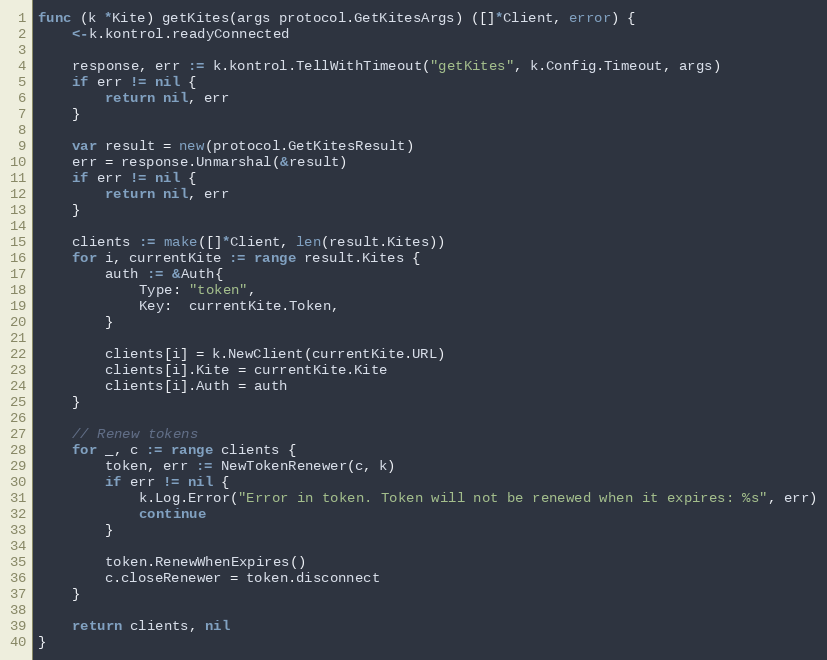
Language: Go
func (k *Kite) getKites(args protocol.GetKitesArgs) ([]*Client, error) {
	<-k.kontrol.readyConnected

	response, err := k.kontrol.TellWithTimeout("getKites", k.Config.Timeout, args)
	if err != nil {
		return nil, err
	}

	var result = new(protocol.GetKitesResult)
	err = response.Unmarshal(&result)
	if err != nil {
		return nil, err
	}

	clients := make([]*Client, len(result.Kites))
	for i, currentKite := range result.Kites {
		auth := &Auth{
			Type: "token",
			Key:  currentKite.Token,
		}

		clients[i] = k.NewClient(currentKite.URL)
		clients[i].Kite = currentKite.Kite
		clients[i].Auth = auth
	}

	// Renew tokens
	for _, c := range clients {
		token, err := NewTokenRenewer(c, k)
		if err != nil {
			k.Log.Error("Error in token. Token will not be renewed when it expires: %s", err)
			continue
		}

		token.RenewWhenExpires()
		c.closeRenewer = token.disconnect
	}

	return clients, nil
}